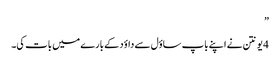
”
4 یونتن نے اپنے باپ ساؤل سے داؤد کے بارے میں بات کی۔